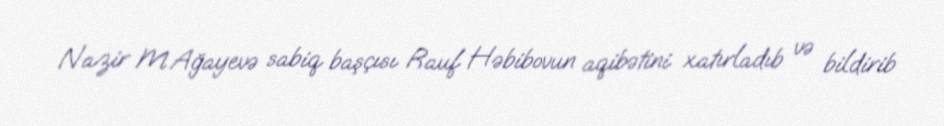
Nazir M.Ağayevə sabiq başçısı Rauf Həbibovun aqibətini xatırladıb və bildirib